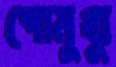
গোমুখ্যু